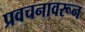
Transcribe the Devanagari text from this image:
प्रवचनावरून